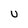
Character: u